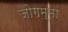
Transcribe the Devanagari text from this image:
जोगम्मा